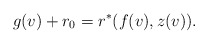
\begin{align*} g(v)+r_0=r^\ast(f(v),z(v)).\end{align*}